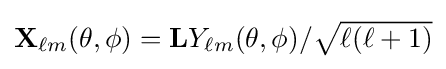
{\textstyle \mathbf {X} _{\ell m}(\theta ,\phi )=\mathbf {L} Y_{\ell m}(\theta ,\phi )/{\sqrt {\ell (\ell +1)}}}